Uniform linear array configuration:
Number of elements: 12
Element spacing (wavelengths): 0.75
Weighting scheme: binomial
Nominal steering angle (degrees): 15
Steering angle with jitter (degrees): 16.099
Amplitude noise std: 0.05
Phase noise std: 0.05

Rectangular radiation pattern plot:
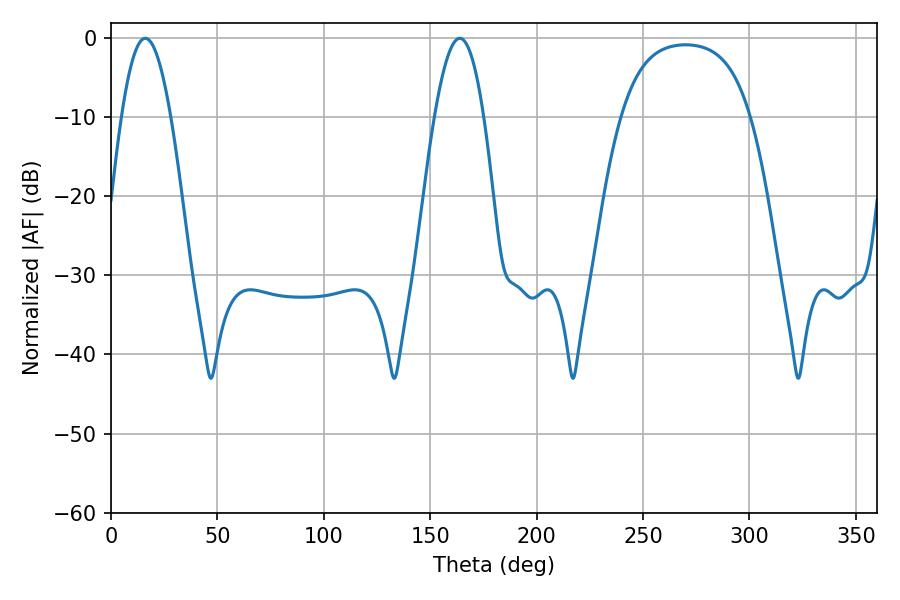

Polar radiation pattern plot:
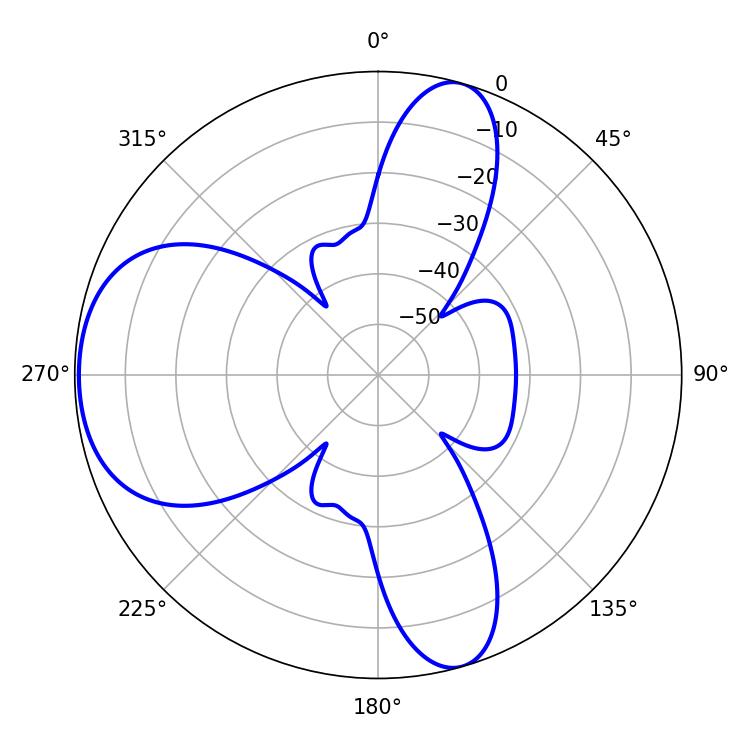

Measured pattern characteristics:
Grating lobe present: TRUE
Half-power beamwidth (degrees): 12.6
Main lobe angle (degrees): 16.02